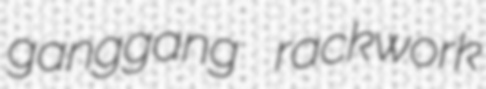
ganggang rackwork